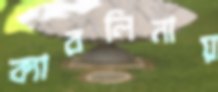
ক্যারলিনায়